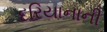
દરિયાનાની